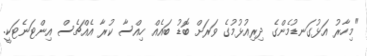
"މިހާރު އަޅުގަނޑުމެންގެ ދިރިއުޅުމުގެ ވަރަށް ބޮޑު ބައެއް ހިއްސާ ކުރާ އެއްޗެސް އިންޓަނެޓަކީ.